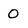
Character: 0